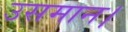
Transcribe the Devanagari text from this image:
उसमान।